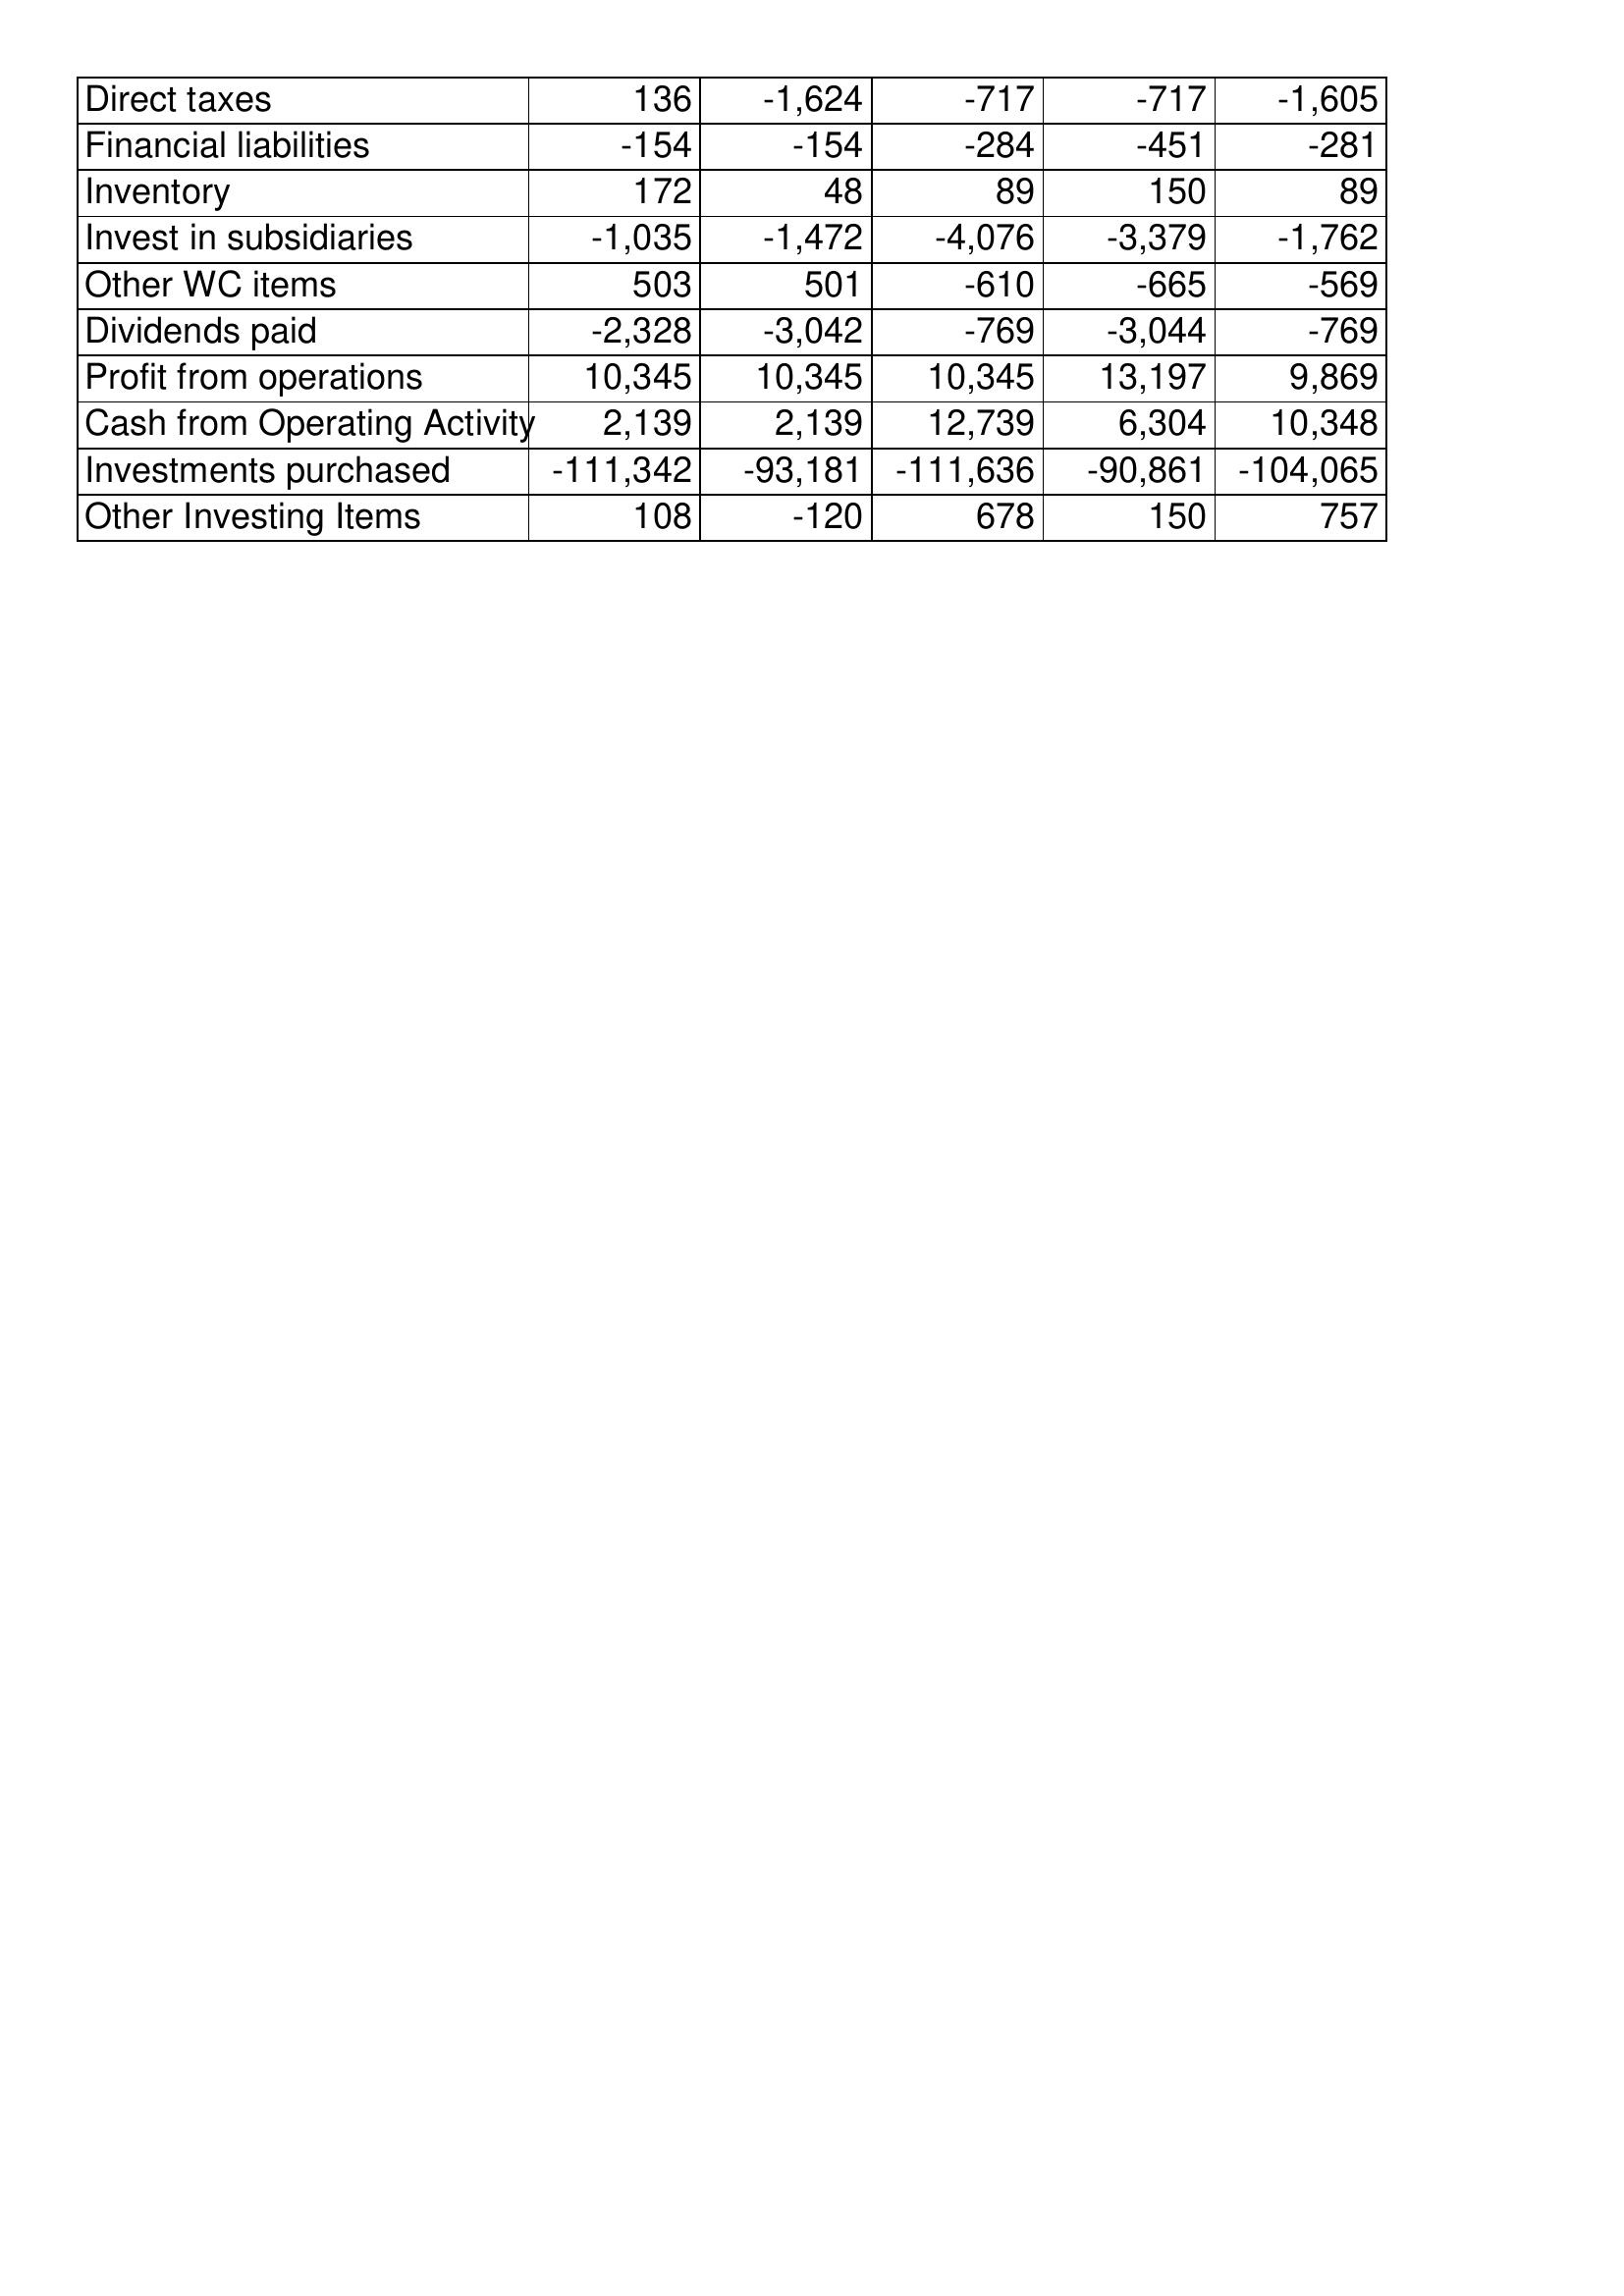
May-18: Cash Flows: Direct taxes: 136
Financial liabilities: -154
Inventory: 172
Invest in subsidiaries: -1,035
Other WC items: 503
Dividends paid: -2,328
Profit from operations: 10,345
Cash from Operating Activity: 2,139
Investments purchased: -111,342
Other Investing Items: 108
May-17: Cash Flows: Direct taxes: -1,624
Financial liabilities: -154
Inventory: 48
Invest in subsidiaries: -1,472
Other WC items: 501
Dividends paid: -3,042
Profit from operations: 10,345
Cash from Operating Activity: 2,139
Investments purchased: -93,181
Other Investing Items: -120
May-16: Cash Flows: Direct taxes: -717
Financial liabilities: -284
Inventory: 89
Invest in subsidiaries: -4,076
Other WC items: -610
Dividends paid: -769
Profit from operations: 10,345
Cash from Operating Activity: 12,739
Investments purchased: -111,636
Other Investing Items: 678
May-15: Cash Flows: Direct taxes: -717
Financial liabilities: -451
Inventory: 150
Invest in subsidiaries: -3,379
Other WC items: -665
Dividends paid: -3,044
Profit from operations: 13,197
Cash from Operating Activity: 6,304
Investments purchased: -90,861
Other Investing Items: 150
May-14: Cash Flows: Direct taxes: -1,605
Financial liabilities: -281
Inventory: 89
Invest in subsidiaries: -1,762
Other WC items: -569
Dividends paid: -769
Profit from operations: 9,869
Cash from Operating Activity: 10,348
Investments purchased: -104,065
Other Investing Items: 757